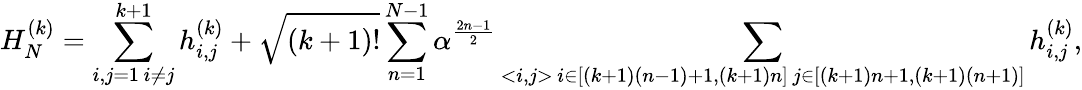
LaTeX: H_{N}^{(k)}=\sum_{\substack{i,j=1\, i\ne j}}^{k+1}h_{i,j}^{(k)}+\sqrt{(k+1)!}\sum_{n=1}^{N-1}\alpha^{\frac{2n-1}{2}}\sum_{\substack{<i,j>\, i\in[(k+1)(n-1)+1,(k+1)n]\, j\in[(k+1)n+1,(k+1)(n+1)]}}h_{i,j}^{(k)},